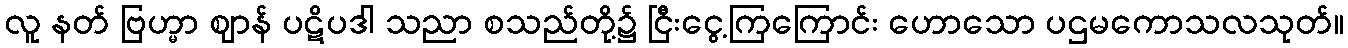
လူ နတ် ဗြဟ္မာ ဈာန် ပဋိပဒါ သညာ စသည်တို့၌ ငြီးငွေ့ကြကြောင်း ဟောသော ပဌမကောသလသုတ်။